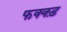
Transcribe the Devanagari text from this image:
फक्क्ड़